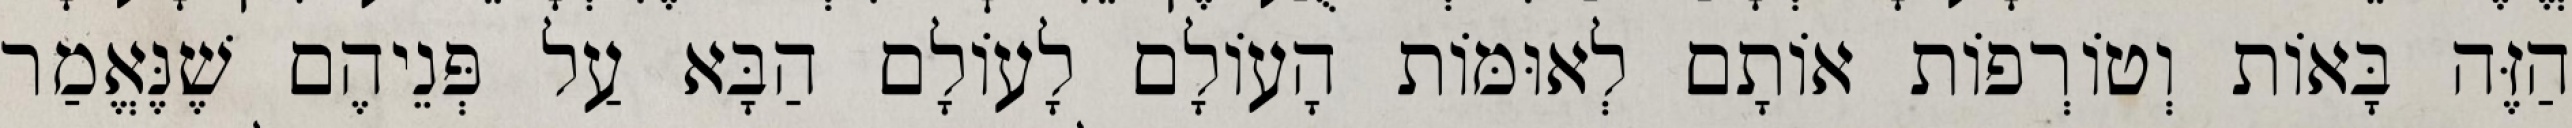
הַזֶּה בָּאוֹת וְטוֹרְפוֹת אוֹתָם לְאוּמּוֹת הָעוֹלָם לָעוֹלָם הַבָּא עַל פְּנֵיהֶם שֶׁנֶּאֱמַר